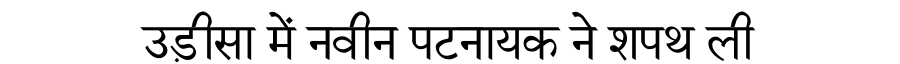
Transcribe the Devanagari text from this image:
उड़ीसा में नवीन पटनायक ने शपथ ली